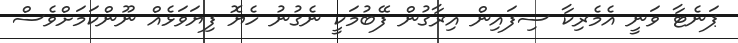
ޕަނެޓާ ވަނީ އެމެރިކާ ސިފައިން އިރާގުން ފޭބުމަކީ ނެގުނު ހެޔޮ ފިޔަވަޅެއް ނޫންކަމަށްވެސް